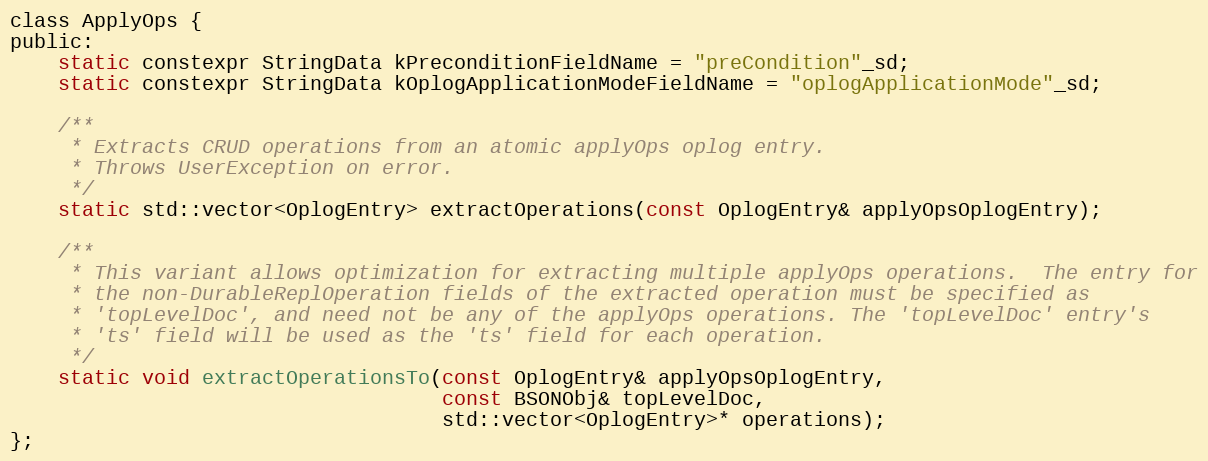
Language: C
class ApplyOps {
public:
    static constexpr StringData kPreconditionFieldName = "preCondition"_sd;
    static constexpr StringData kOplogApplicationModeFieldName = "oplogApplicationMode"_sd;

    /**
     * Extracts CRUD operations from an atomic applyOps oplog entry.
     * Throws UserException on error.
     */
    static std::vector<OplogEntry> extractOperations(const OplogEntry& applyOpsOplogEntry);

    /**
     * This variant allows optimization for extracting multiple applyOps operations.  The entry for
     * the non-DurableReplOperation fields of the extracted operation must be specified as
     * 'topLevelDoc', and need not be any of the applyOps operations. The 'topLevelDoc' entry's
     * 'ts' field will be used as the 'ts' field for each operation.
     */
    static void extractOperationsTo(const OplogEntry& applyOpsOplogEntry,
                                    const BSONObj& topLevelDoc,
                                    std::vector<OplogEntry>* operations);
};